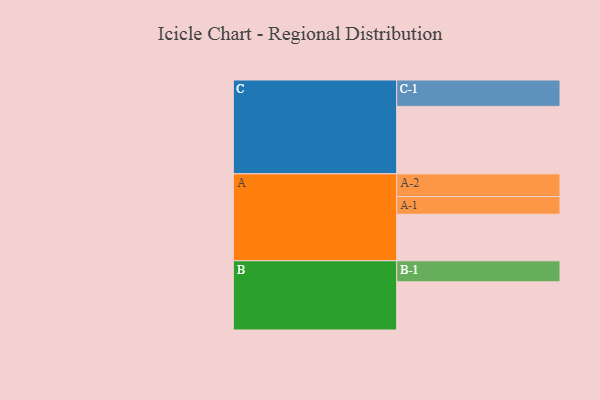
{"axis": {"x": "Segment", "y": "Value"}, "legend": ["", "A", "B", "C"], "data": [{"x": "A", "y": 342, "type": ""}, {"x": "B", "y": 354, "type": ""}, {"x": "C", "y": 496, "type": ""}, {"x": "A-1", "y": 130, "type": "A"}, {"x": "A-2", "y": 167, "type": "A"}, {"x": "B-1", "y": 155, "type": "B"}, {"x": "C-1", "y": 194, "type": "C"}]}